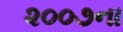
૨૦૦૭ના